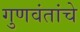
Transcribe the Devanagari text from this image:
गुणवंतांचे